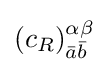
(c_{R})_{{\bar {a}}{\bar {b}}}^{\alpha \beta }